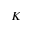
K